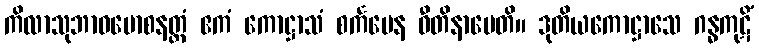
ကိလာသုဘာဝမောစနတ္ထံ ဧကံ ကောဋ္ဌာသံ စင်္ကမေန ဝီတိနာမေတိ။ ဒုတိယကောဋ္ဌာသေ ဂန္ဓကုဋိံ